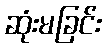
ဆုံးမခြင်း